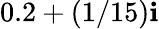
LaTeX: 0.2+(1/15)\mathbf{i}